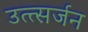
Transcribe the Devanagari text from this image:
उत्त्सर्जन